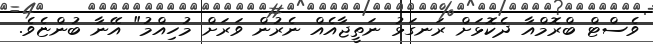
ވެސްޓް ބްރޮމްއާ ދެކޮޅަށް ރަނގަޅު ނަތީޖާއެއް ނެރުން ވަރަށް މުހިއްމު" އޭނާ ބުންޏެވެ.